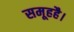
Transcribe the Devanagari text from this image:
समूहहै।